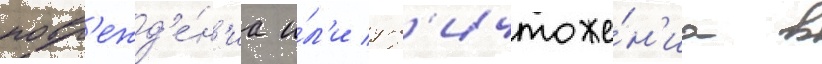
повр'ежд'е́н'иа и́л'и ун'ичтоже́н'иа в